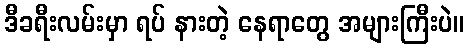
ဒီခရီးလမ်းမှာ ရပ် နားတဲ့ နေရာတွေ အများကြီးပဲ။